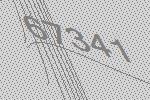
67341